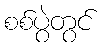
စစ်ပွဲတွင်